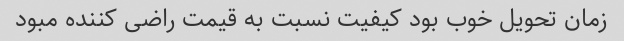
زمان تحویل خوب بود کیفیت نسبت به قیمت راضی کننده مبود